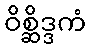
ဝိစ္ဆိဒ္ဒကံ